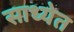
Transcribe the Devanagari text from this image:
साध्येत